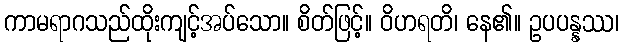
ကာမရာဂသည်ထိုးကျင့်အပ်သော။ စိတ်ဖြင့်။ ဝိဟရတိ၊ နေ၏။ ဥပပန္နဿ၊